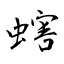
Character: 螛